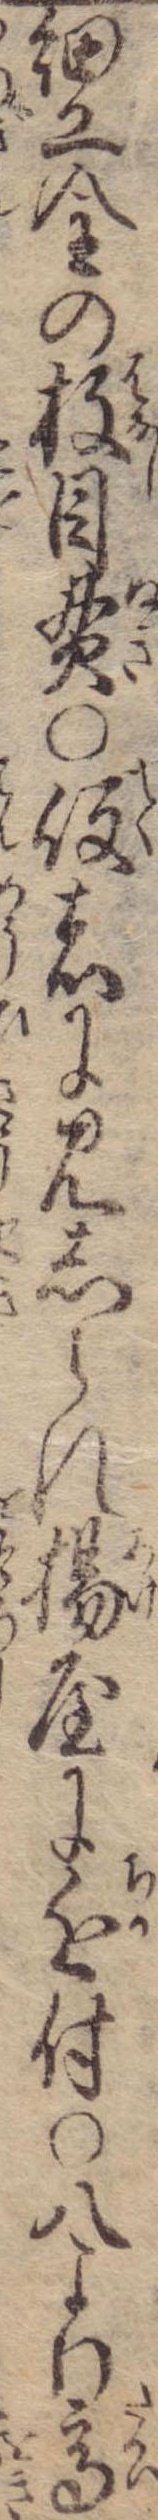
細工金の放目貫〇役者に見しられ揚屋に近付〇八より高